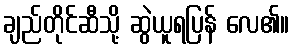
ချည်တိုင်ဆီသို့ ဆွဲယူရပြန် လေ၏။